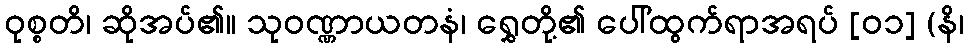
ဝုစ္စတိ၊ ဆိုအပ်၏။ သုဝဏ္ဏာယတနံ၊ ရွှေတို့၏ ပေါ်ထွက်ရာအရပ် [၀၁] (နိ၊